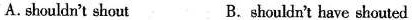
A.shouldn't shout B. shouldn't have shouted